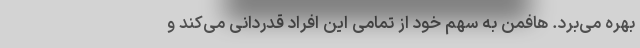
بهره می‌برد. هافمن به سهم خود از تمامی این افراد قدردانی می‌کند و